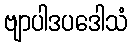
ဗျာပါဒပဒေါသံ